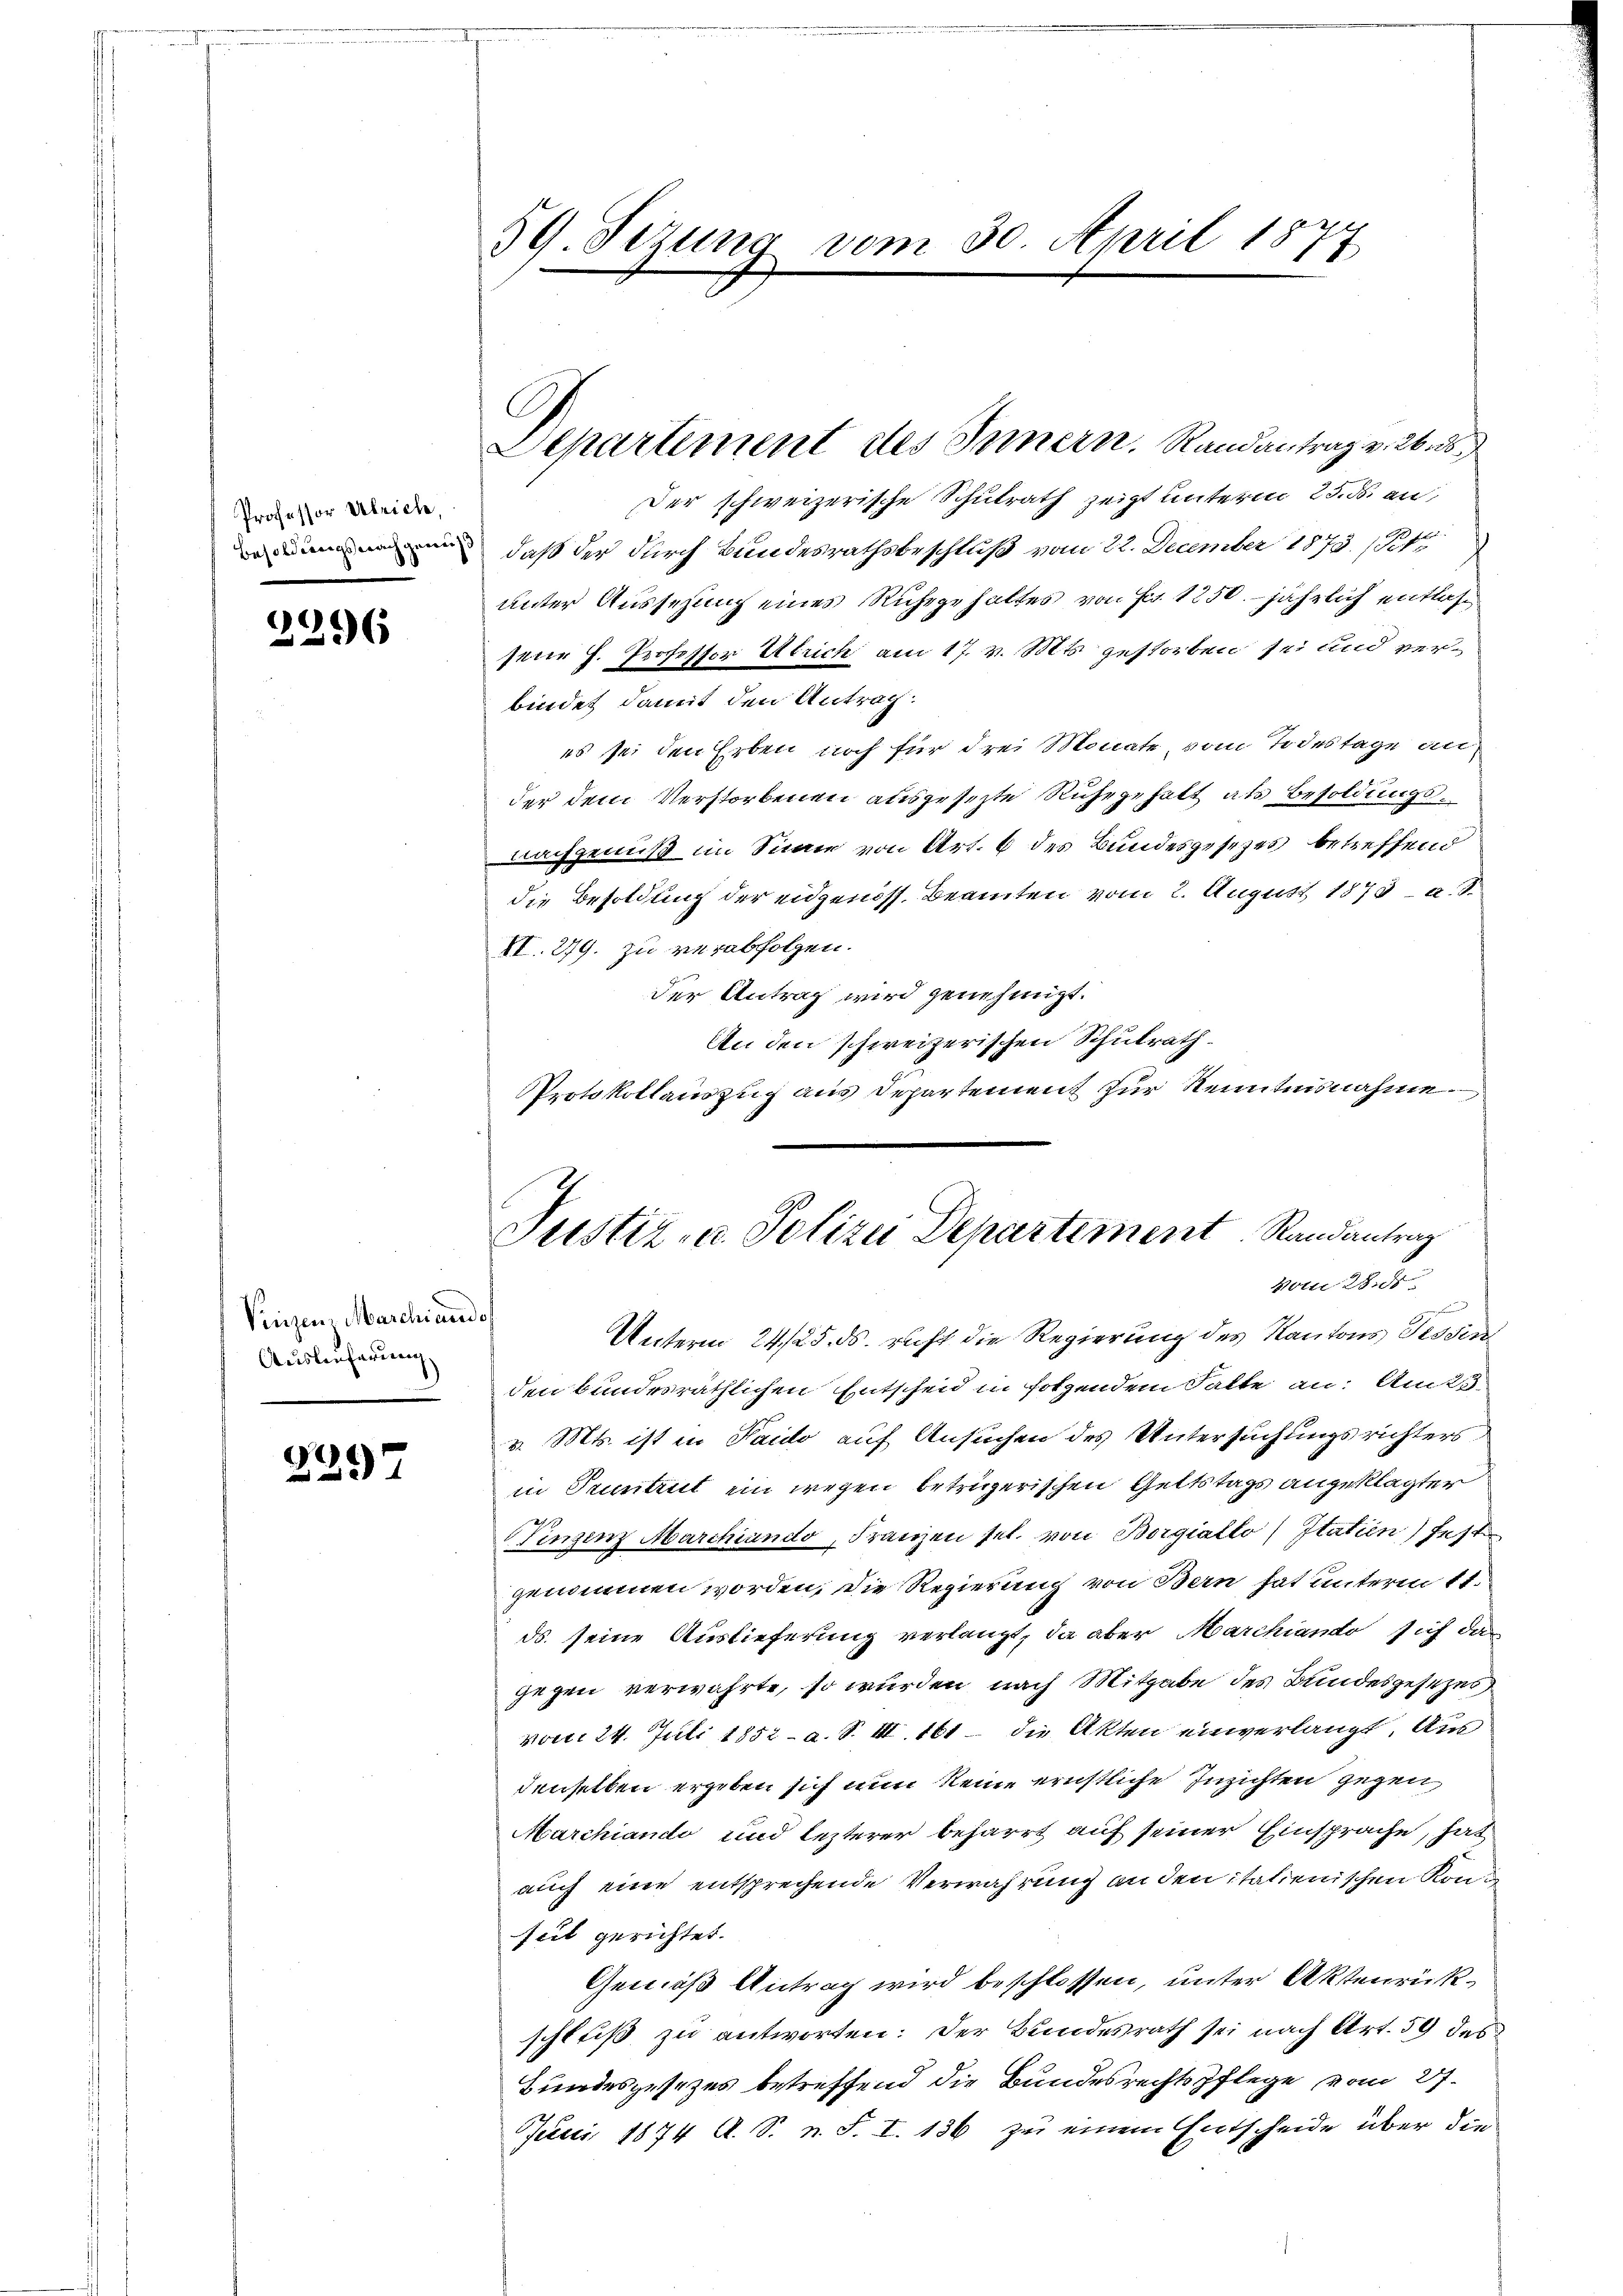
Professor Bleiche,
Besoldungsnach gewes

3396

Vinzenz Marchiando,
Auslieferung

)
297

59. Setzung vom 30. April 1877

C
Separtement des Innern. Randantrag v. 26. d

An den schweizerischen Schulrath
Protokollauszug aus Departement zur Kenntnisnahme.
Justiz- u. Polizei Departement Randantrag
Votti

Der schweizerische Schulrath zeigt unterm 25. ds an,
daß der durch Bundesrathsbeschluß vom 22. December 1873. 14
unter Aussehung eines Ruhegehaltes von Fr. 1250. jährlich entlasfeier h. Professor Ulrich am 17. v. Mts. gestorben sei und verbindet damit den Antrag.
es sei den Erben noch für drei Monate, vom Todestage an
der dem Verstorbenen ausgesezte Ruhegehalt als Besoldungsnachgenuß im Sinne von Art. 6 des Bundesgesetzes betreffend
die Besoldung der eidgenöss. Beamten vom 2. August 1878 a. S.
II. 279. zu verabfolgen.
der Antrag wird genehmigt.
Unterm 24/25. ds. richt die Regierung des Kantons Tessin
den bundesräthlichen Entscheid in sotzendem Falte an: Am 25.
v. Mts. ist in Paido auf Ansuchen des Untersuchungsrichters
in Pruntrut ein wegen betrügerischen Geltstags angeklagter
Vinzenz Marchiando Franzen sel. von Borgiallo) Itatien) fest
genommen worden, die Regierung von Bern hat unterm 11.
ds. seine Auslieferung verlangt, da aber Marchiando sich das
gegen verwahrte, so würden nach Mitgabe des Bundesgesezes
vom 24. Juli 1852 - a. S. II. 161 die Akten einverlangt. Aus
denselben ergeben sich nun keine ernstliche Inzichten gegen
Marchiandi und lezterer beharrt auf seiner Einsprache, hat
auch eine entsprechende Verwahrung an den italienischen Konseit gerichtet.
Gemäß Antrag wird beschlossen, unter Aktenrückschluß zu antworten: Der Bundesrath sei nach Art. 59 des
Bundesgesezes betreffend die Bundesrechtspflege vom 27.
Ječeci 1874 A. S. n. F. I. 136 zu einem Entscheide über die